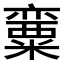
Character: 𱹠